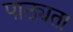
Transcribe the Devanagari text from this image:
पाठ्यता